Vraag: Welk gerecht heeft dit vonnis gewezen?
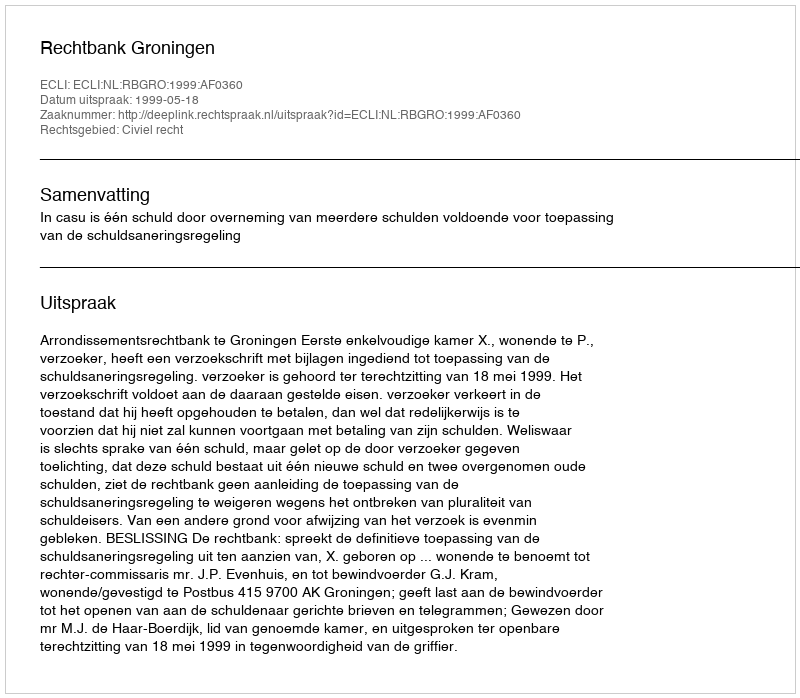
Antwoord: Rechtbank Groningen